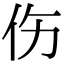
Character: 伤